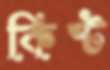
কিষ্ট